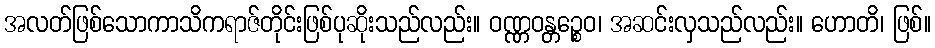
အလတ်ဖြစ်သောကာသိကရာဇ်တိုင်းဖြစ်ပုဆိုးသည်လည်း။ ဝဏ္ဏဝန္တဉ္စေဝ၊ အဆင်းလှသည်လည်း။ ဟောတိ၊ ဖြစ်။